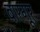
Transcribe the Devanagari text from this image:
बारगूर